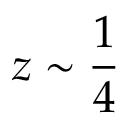
z \sim \frac { 1 } { 4 }